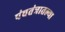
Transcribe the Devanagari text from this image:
पंचतंत्रातल्या